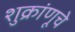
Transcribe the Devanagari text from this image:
शुक्रांणूचे